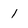
Character: 1